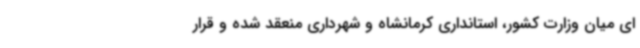
ای میان وزارت کشور، استانداری کرمانشاه و شهرداری منعقد شده و قرار